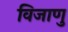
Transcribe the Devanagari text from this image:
विजाणु